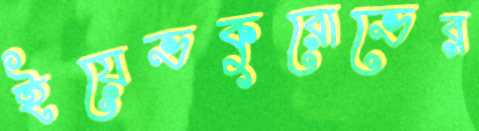
ইয়েভকুরোভের